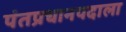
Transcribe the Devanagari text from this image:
पंतप्रधानपदाला